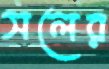
সলের